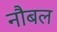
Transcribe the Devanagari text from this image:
नौबल